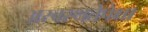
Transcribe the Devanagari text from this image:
अस्वस्थतेपेक्षा